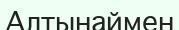
Алтынаймен